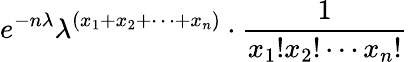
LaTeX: e^{-n\lambda}\lambda^{(x_{1}+x_{2}+\cdots+x_{n})}\cdot{\frac{1}{x_{1}!x_{2}!\cdots x_{n}!}}